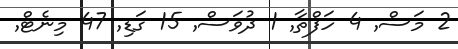
2 މަސް